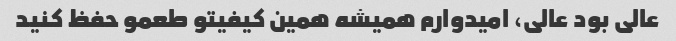
عالی بود عالی، امیدوارم همیشه همین کیفیتو طعمو حفظ کنید